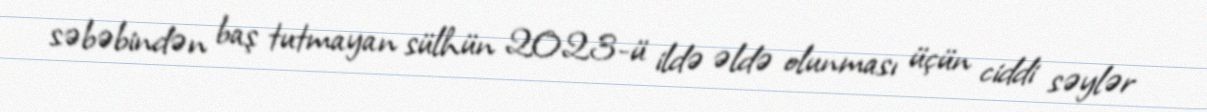
səbəbindən baş tutmayan sülhün 2023-ü ildə əldə olunması üçün ciddi səylər